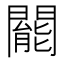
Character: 𨶙